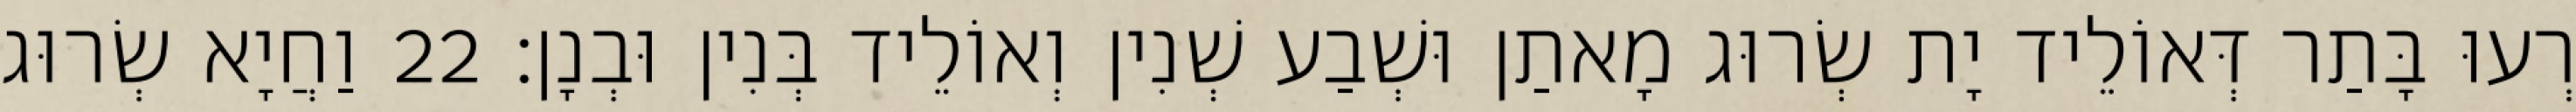
רְעוּ בָּתַר דְּאוֹלֵיד יָת שְׂרוּג מָאתַן וּשְׁבַע שְׁנִין וְאוֹלֵיד בְּנִין וּבְנָן׃ 22 וַחֲיָא שְׂרוּג